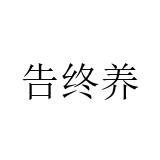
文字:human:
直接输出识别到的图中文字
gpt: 告终养